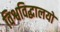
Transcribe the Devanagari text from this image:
विश्वविद्धालयों